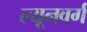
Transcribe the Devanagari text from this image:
ल्यूनवर्ग